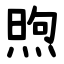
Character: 煦